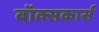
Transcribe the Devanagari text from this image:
बॉक्सकार्स